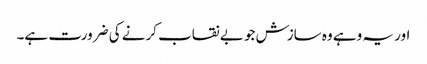
اور یہ وہے وہ سازش جو بے نقاب کرنے کی ضرورت ہے۔